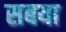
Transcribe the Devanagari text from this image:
सबया